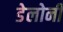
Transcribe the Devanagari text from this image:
डेलोनी